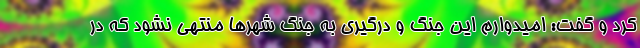
کرد و گفت: امیدوارم این جنگ و درگیری به جنگ شهرها منتهی نشود که در